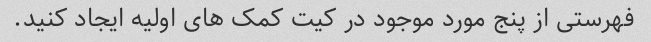
فهرستی از پنج مورد موجود در کیت کمک های اولیه ایجاد کنید.